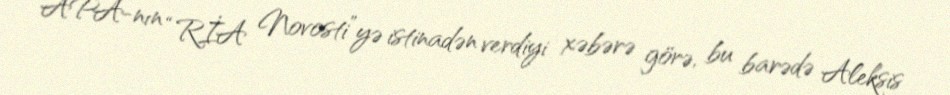
APA-nın “RİA Novosti”yə istinadən verdiyi xəbərə görə, bu barədə Aleksis